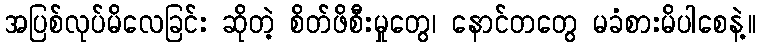
အပြစ်လုပ်မိလေခြင်း ဆိုတဲ့ စိတ်ဖိစီးမှုတွေ၊ နောင်တတွေ မခံစားမိပါစေနဲ့။